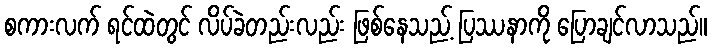
စကားလက် ရင်ထဲတွင် လိပ်ခဲတည်းလည်း ဖြစ်နေသည့် ပြဿနာကို ပြောချင်လာသည်။